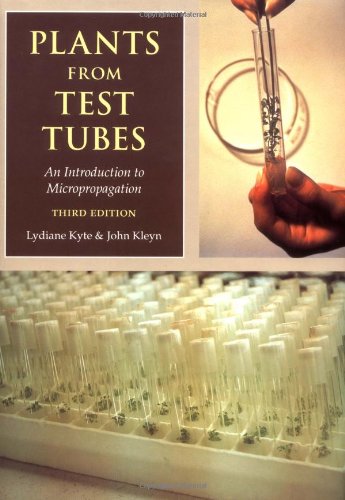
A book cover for Plants from Test Tubes: An Introduction to Micropropagation; Lydiane Kyte; Crafts, Hobbies & Home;